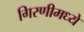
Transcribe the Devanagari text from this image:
गिरणीमध्ये